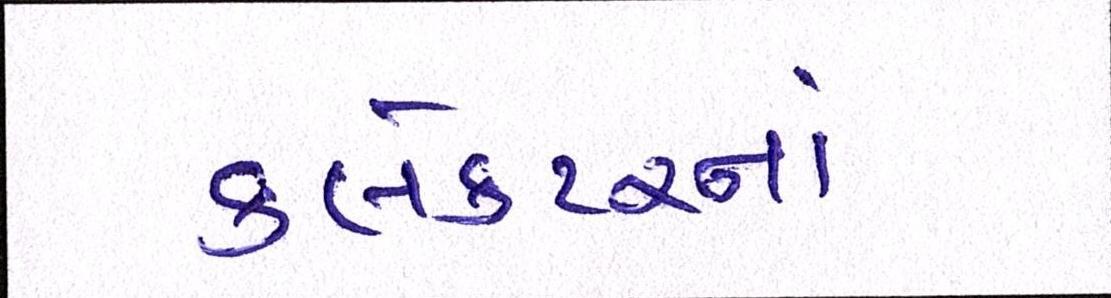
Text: કલેકટરનાં